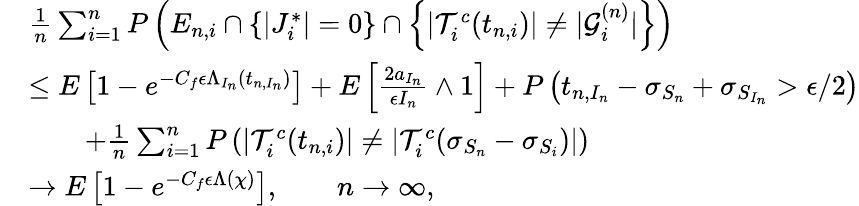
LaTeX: \begin{array}{rl}&{\frac{1}{n}\sum_{i=1}^{n}P\left(E_{n,i}\cap\left\{ |J_{i}^{*}|=0\right\} \cap\left\{ |\mathcal{T}_{i}^{c}(t_{n,i})|\neq|\mathcal{G}_{i}^{(n)}|\right\} \right)}\\ &{\leq E\left[1-e^{-C_{f}\epsilon\Lambda_{I_{n}}(t_{n,I_{n}})}\right]+E\left[\frac{2a_{I_{n}}}{\epsilon I_{n}}\wedge 1\right]+P\left(t_{n,I_{n}}-\sigma_{S_{n}}+\sigma_{S_{I_{n}}}>\epsilon/2\right)}\\ &{\qquad+\frac{1}{n}\sum_{i=1}^{n}P\left(|\mathcal{T}_{i}^{c}(t_{n,i})|\neq|\mathcal{T}_{i}^{c}(\sigma_{S_{n}}-\sigma_{S_{i}})|\right)}\\ &{\to E\left[1-e^{-C_{f}\epsilon\Lambda(\chi)}\right],\qquad n\to\infty,}\end{array}